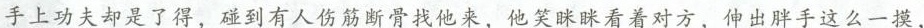
手上功夫却是了得，碰到有人伤筋断骨找他来，他笑眯眯看着对方，伸出胖手这么一摸，